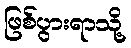
ဖြစ်ပွားရာသို့